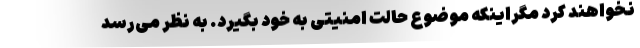
نخواهند کرد مگراینکه موضوع حالت امنیتی به خود بگیرد. به نظر می‌رسد